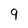
Character: 9